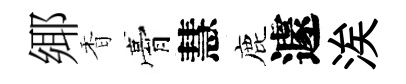
鄊香膏慧鹿遽涘